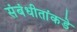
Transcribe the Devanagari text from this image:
संबंधीतांकडे